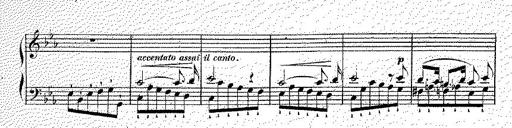
Title: Illustrations du ProphÃ¨te
Composer: Franz Liszt